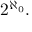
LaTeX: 2 ^ { \aleph _ { 0 } } .